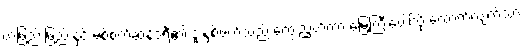
တဖြည်းဖြည်းနှင့် မစ်စက်ဆန်ဒရီ၏ ဒူးနှစ်ဖက်သည် ကွေးညွှတ်ကာ မြေကြီးပေါ်သို့ ထောက်လျက်သား